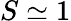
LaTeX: S\simeq 1